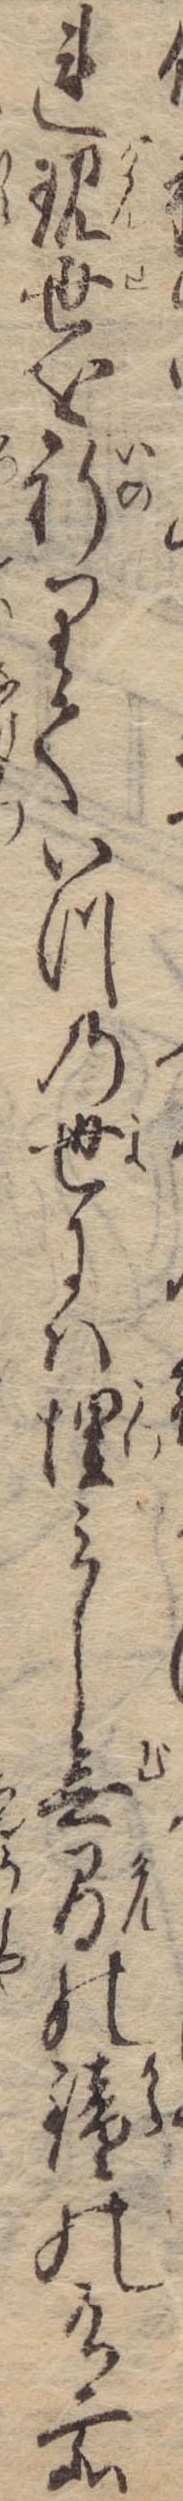
れ現世を祈りていつの世には埋みし無間の鐘の有所